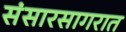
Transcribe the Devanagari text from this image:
संसारसागरात